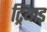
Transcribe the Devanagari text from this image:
ट्रियाड